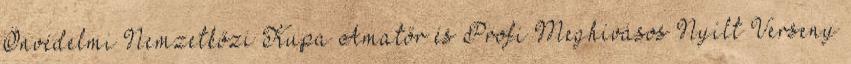
Önvédelmi Nemzetkőzi Kupa Amatőr és Profi Meghívásos Nyílt Verseny